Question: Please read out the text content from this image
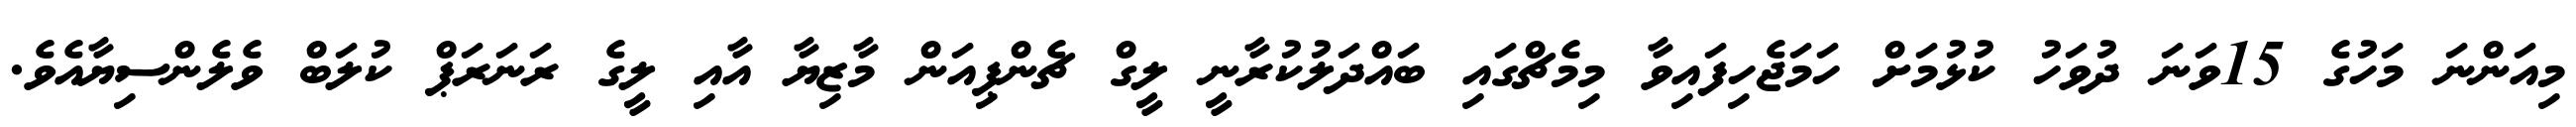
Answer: މިއަންނަ މަހުގެ 15ވަނަ ދުވަހު ކުޅުމަށް ހަމަޖެހިފައިވާ މިމެޗްގައި ބައްދަލުކުރާނީ ލީގް ޗެންޕިއަން މާޒިޔާ އާއި ލީގެ ރަނަރަޕް ކުލަބް ވެލެންސިޔާއެވެ.